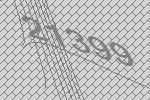
21399